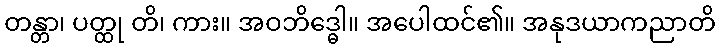
တန္တာ၊ ပတ္ထု တိ၊ ကား။ အဝဘိဒ္ဓေါ။ အပေါထင်၏။ အနုဒယာကညာတိ